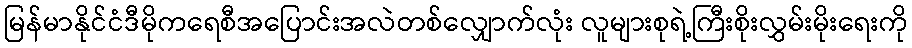
မြန်မာနိုင်ငံဒီမိုကရေစီအပြောင်းအလဲတစ်လျှောက်လုံး လူများစုရဲ့ကြီးစိုးလွှမ်းမိုးရေးကို